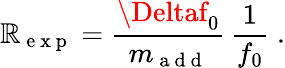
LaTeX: \mathbb{R}_{\mathrm{{~e~x~p~}}}=\frac{{\Deltaf_{0}}}{{m_{\mathrm{{~a~d~d~}}}}}\, \frac{{1}}{{f_{0}}}\; .